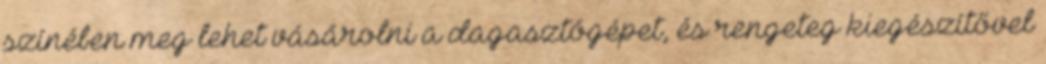
színében meg lehet vásárolni a dagasztógépet, és rengeteg kiegészítővel